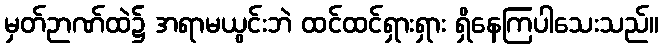
မှတ်ဉာဏ်ထဲ၌ အရာမယွင်းဘဲ ထင်ထင်ရှားရှား ရှိနေကြပါသေးသည်။